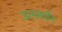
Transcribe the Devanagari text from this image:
उल्लघँन